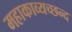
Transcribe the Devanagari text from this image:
महाकाव्यच्छन्द